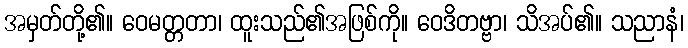
အမှတ်တို့၏။ ဝေမတ္တတာ၊ ထူးသည်၏အဖြစ်ကို။ ဝေဒိတဗ္ဗာ၊ သိအပ်၏။ သညာနံ၊